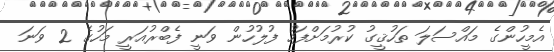
އެމީހުންގެ މައްސަލަ ތަހުޤީގު ކުރުމަށްފަހު ފުލުހުން ވަނީ ފެބްރުއަރީ މަހުގެ 2 ވަނަ